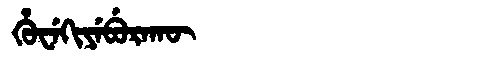
Manchu: ᡥᡠᠸᡝᡴᡳᠶᡝᠪᡠᡵᠠᡴᡡ
Romanization: HUWEKIYEBURAKŪ